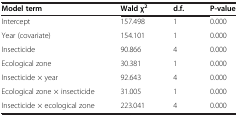
<table><thead><tr><td><b>Model term</b></td><td><b>Wald χ<sup>2</sup></b></td><td><b>d.f.</b></td><td><b>P-value</b></td></tr></thead><tbody><tr><td>Intercept</td><td>157.498</td><td>1</td><td>0.000</td></tr><tr><td>Year (covariate)</td><td>154.101</td><td>1</td><td>0.000</td></tr><tr><td>Insecticide</td><td>90.866</td><td>4</td><td>0.000</td></tr><tr><td>Ecological zone</td><td>30.381</td><td>1</td><td>0.000</td></tr><tr><td>Insecticide × year</td><td>92.643</td><td>4</td><td>0.000</td></tr><tr><td>Ecological zone × insecticide</td><td>31.005</td><td>1</td><td>0.000</td></tr><tr><td>Insecticide × ecological zone</td><td>223.041</td><td>4</td><td>0.000</td></tr></tbody></table>